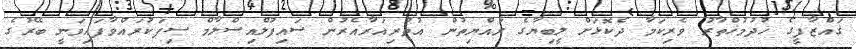
ޤައްޒާފީގެ ޚުދުމުޚްތާރު ވެރިކަމާ ދެކޮޅަށް ލީބިޔާގެ ރައްޔިތުން އުތުރިއަރާއެރުން ސައިފުލްއިސްލާމް ސިފަކުރައްވާފައިވަނީ ބޭރުގެ